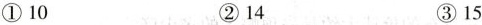
①10 ②14 ③15